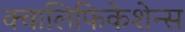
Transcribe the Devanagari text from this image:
क्वालिफिकेशेन्स